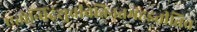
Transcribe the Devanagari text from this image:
एतोन्विंद्रंशुचीवेतिनतमंहइतीतिच